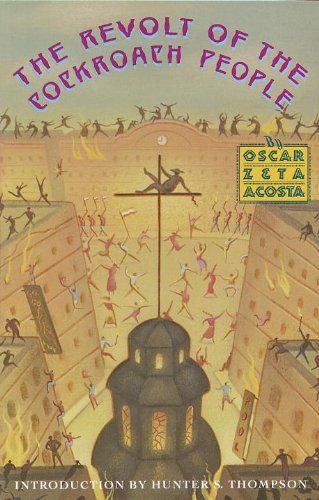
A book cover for The Revolt of the Cockroach People; Oscar Zeta Acosta; Law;